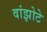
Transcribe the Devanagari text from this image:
वांझोटे